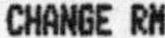
CHANGE RM